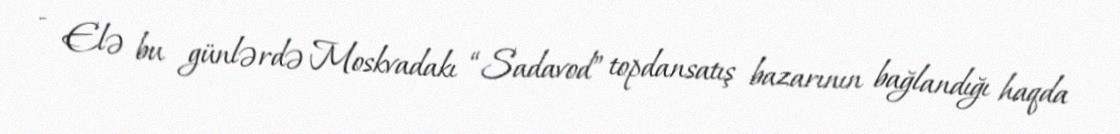
- Elə bu günlərdə Moskvadakı “Sadavod” topdansatış bazarının bağlandığı haqda